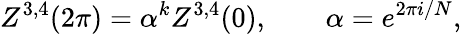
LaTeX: Z^{3,4}(2\pi)=\alpha^{k}Z^{3,4}(0),\qquad\alpha=e^{2\pi i/N},